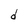
Character: d